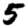
Digit: 5